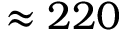
\approx 2 2 0